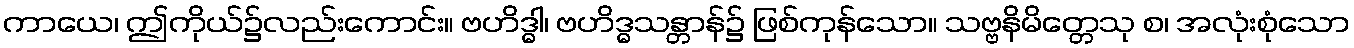
ကာယေ၊ ဤကိုယ်၌လည်းကောင်း။ ဗဟိဒ္ဓါ၊ ဗဟိဒ္ဓသန္တာန်၌ ဖြစ်ကုန်သော။ သဗ္ဗနိမိတ္တေသု စ၊ အလုံးစုံသော